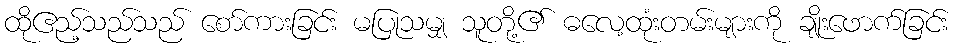
ထိုဧည့်သည်သည် စော်ကားခြင်း မပြုသမျှ သူတို့၏ ဓလေ့ထုံးတမ်းများကို ချိုးဖောက်ခြင်း